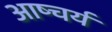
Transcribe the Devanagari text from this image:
आष्चर्य